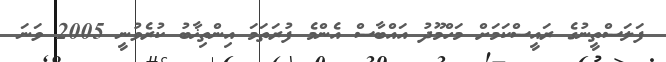
ފަލަސްތީނުގެ ރައީސްކަމަށް މަހްމޫދު އައްބާސް އެންމެ ފުރަތަމަ އިންތިޚާބު ކުރެވުނީ 2005 ވަނަ